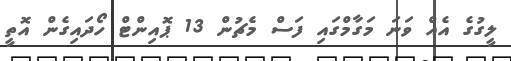
ލީގުގެ އެއް ވަނަ މަގާމްގައި ފަސް މެޗުން 13 ޕޮއިންޓް ހޯދައިގެން އޮތީ